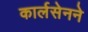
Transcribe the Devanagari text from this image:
कार्लसेनने